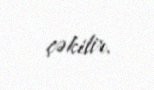
çəkilir.